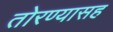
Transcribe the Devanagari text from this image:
तोरण्यासह